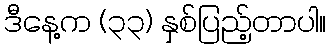
ဒီနေ့က (၃၃) နှစ်ပြည့်တာပါ။